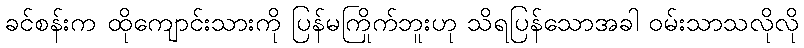
ခင်စန်းက ထိုကျောင်းသားကို ပြန်မကြိုက်ဘူးဟု သိရပြန်သောအခါ ဝမ်းသာသလိုလို